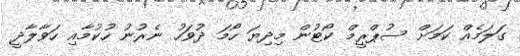
ގަލަމެއް ކަމަށް ސުޕްރީމް ކޯޓުން މިދިޔަ ހޯމަ ދުވަހު ނެރުނު ހުކުމާއި ހަވާލާދީ